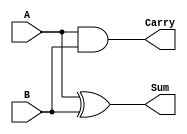
`timescale 1ns / 1ps
//////////////////////////////////////////////////////////////////////////////////
// Company: 
// Engineer: 
// 
// Design Name: 
// Module Name: halfadder
// Project Name: 
// Target Devices: 
// Tool Versions: 
// Description: 
// 
// Dependencies: 
// 
// Revision:
// Revision 0.01 - File Created
// Additional Comments:
// 
//////////////////////////////////////////////////////////////////////////////////


module halfadder(Carry, Sum, A, B);

input A, B;
output Carry, Sum;

//Logic

and and1(Carry, A, B);
xor xor1(Sum, A, B);


endmodule